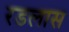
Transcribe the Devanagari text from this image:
रडलास